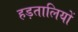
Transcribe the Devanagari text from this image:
हड़तालियों